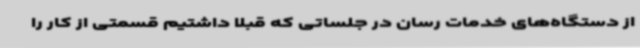
از دستگاه‌های خدمات رسان در جلساتی که قبلاً داشتیم قسمتی از کار را